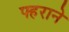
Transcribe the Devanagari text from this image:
फ्हराने